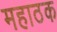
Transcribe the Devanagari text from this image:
महाठक